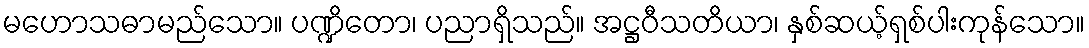
မဟောသဓာမည်သော။ ပဏ္ဍိတော၊ ပညာရှိသည်။ အဋ္ဌဝီသတိယာ၊ နှစ်ဆယ့်ရှစ်ပါးကုန်သော။